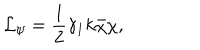
{ \cal L } _ { \psi } = \frac { 1 } { 2 } \gamma _ { 1 } k \bar { \chi } \chi ,